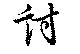
討